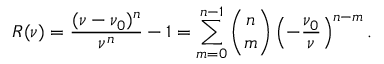
R ( \nu ) = \frac { ( \nu - \nu _ { 0 } ) ^ { n } } { \nu ^ { n } } - 1 = \sum _ { m = 0 } ^ { n - 1 } \binom { n } { m } \left( - \frac { \nu _ { 0 } } { \nu } \right) ^ { n - m } .